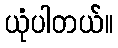
ယုံပါတယ်။